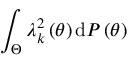
\int _ { \Theta } \lambda _ { k } ^ { 2 } \left( \theta \right) \mathrm { d } { \cal P } \left( \theta \right)